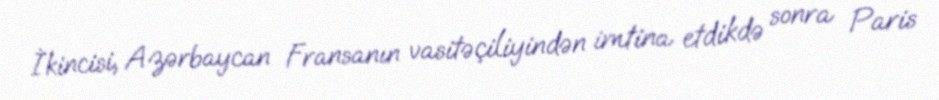
İkincisi, Azərbaycan Fransanın vasitəçiliyindən imtina etdikdə sonra Paris